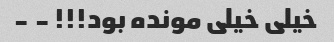
خیلی خیلی مونده بود!!! - -